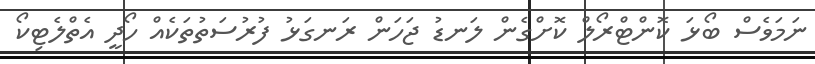
ނަމަވެސް ބޯޅަ ކޮންޓްރޯލް ކޮށްގެން ލަނޑު ޖަހަން ރަނގަޅު ފުރުސަތުތަކެއް ހޯދީ އެތްލެޓިކޯ